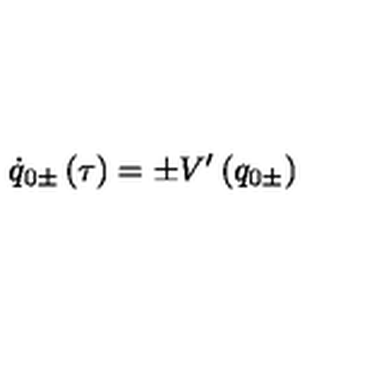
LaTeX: \dot { q } _ { 0 \pm } \left( \tau \right) = \pm V ^ { \prime } \left( q _ { 0 \pm } \right)